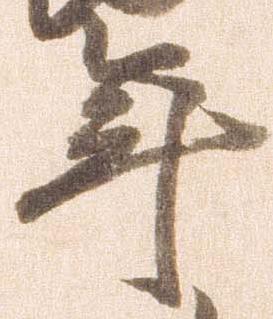
年